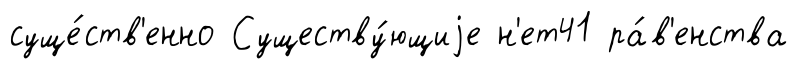
суще́ств'енно Существу́ющиjе н'ет41 ра́в'енства